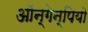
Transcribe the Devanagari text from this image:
ऑन्गेन्पियो